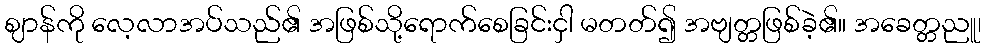
ဈာန်ကို လေ့လာအပ်သည်၏ အဖြစ်သို့ရောက်စေခြင်းငှါ မတတ်၍ အဗျတ္တဖြစ်ခဲ့၏။ အခေတ္တညူ၊